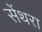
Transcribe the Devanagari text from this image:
सेंथरा